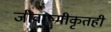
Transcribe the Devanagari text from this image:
जीवाष्मीकृतही